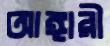
আঙ্গারী